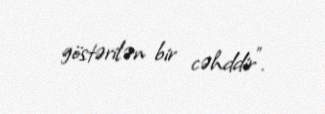
göstərilən bir cəhddir”.